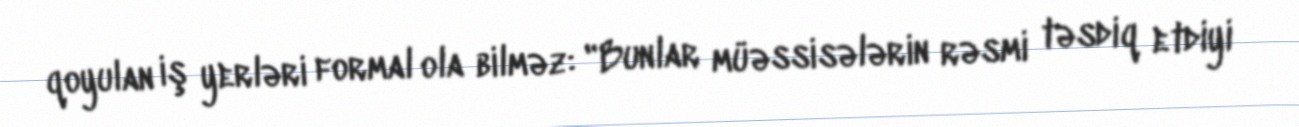
qoyulan iş yerləri formal ola bilməz: "Bunlar müəssisələrin rəsmi təsdiq etdiyi